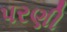
પરણી